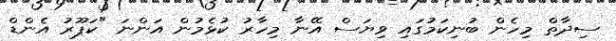
ސިދާތް މިހެން ބުނިކަމުގައި ވިޔަސް އޭނާ މިހާރު ކުޅެމުން އަންނަ "ކަޕޫރު އެންޑް